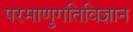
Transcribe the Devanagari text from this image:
परमाणुगतिविज्ञान